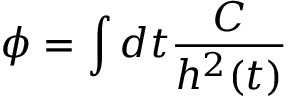
\phi { } = \int { } d t \frac { C } { h ^ { 2 } ( t ) }